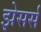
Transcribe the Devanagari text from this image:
झेसर्स